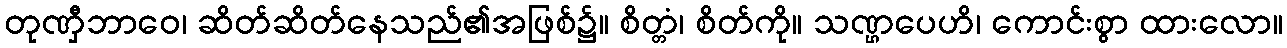
တုဏှီဘာဝေ၊ ဆိတ်ဆိတ်နေသည်၏အဖြစ်၌။ စိတ္တံ၊ စိတ်ကို။ သဏ္ဌပေဟိ၊ ကောင်းစွာ ထားလော။